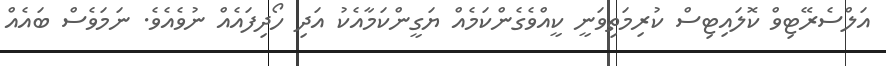
އަލްސެރޭޓިވް ކޮލައިޓިސް ކުރިމަތިވަނީ ކީއްވެގެންކަމެއް ޔަގީންކަމާއެކު އަދި ހޯދިފައެއް ނުވެއެވެ. ނަމަވެސް ބައެއް